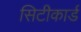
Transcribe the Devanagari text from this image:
सिटीकार्ड